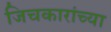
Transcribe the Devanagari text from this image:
जिचकारांच्या